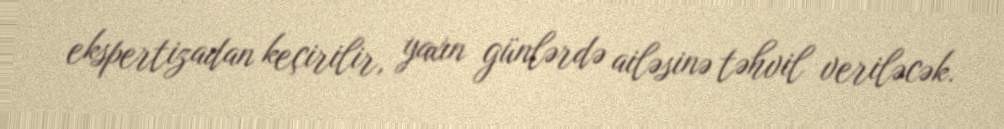
ekspertizadan keçirilir, yaxın günlərdə ailəsinə təhvil veriləcək.